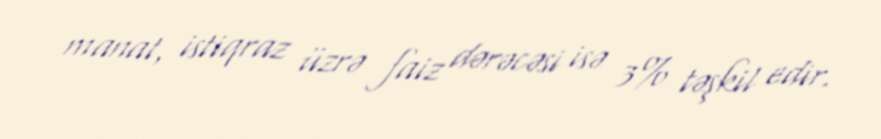
manat, istiqraz üzrə faiz dərəcəsi isə 3% təşkil edir.